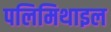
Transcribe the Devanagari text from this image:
पलिमिथाइल